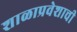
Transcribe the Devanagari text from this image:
शाळाप्रवेशाची